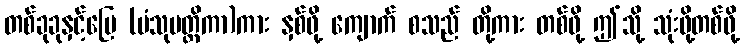
တစ်ခုခုနှင့်မြေ (ပံသုမတ္တိကာ)ကား နှစ်ဖို့ ကျောက် စသည် တို့ကား တစ်ဖို့ ဤသို့ သုံးဖို့တစ်ဖို့